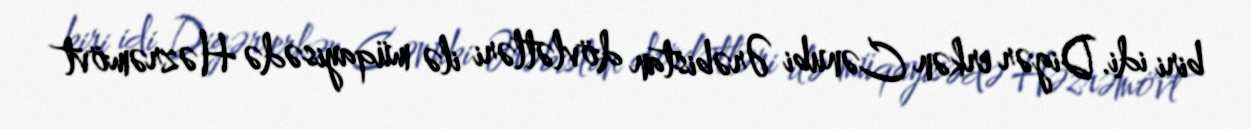
biri idi. Digər erkən Cənubi Ərəbistan dövlətləri ilə müqayisədə Həzrəmövt